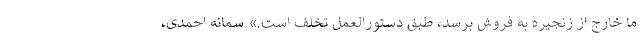
ما خارج از زنجیره به فروش برسد، طبق دستورالعمل تخلف است.» سمانه احمدی،